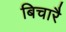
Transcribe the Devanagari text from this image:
बिचारै